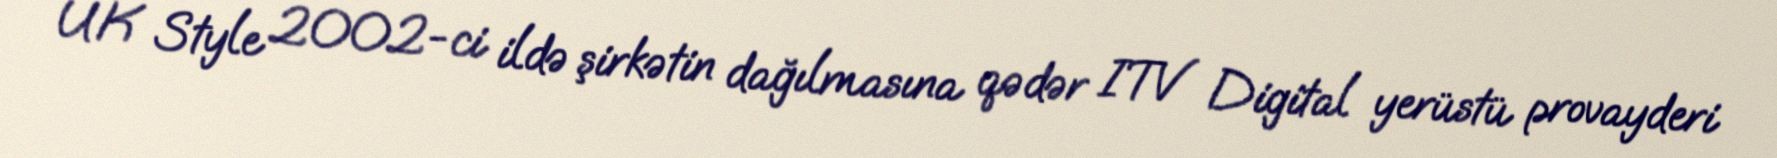
UK Style 2002-ci ildə şirkətin dağılmasına qədər ITV Digital yerüstü provayderi